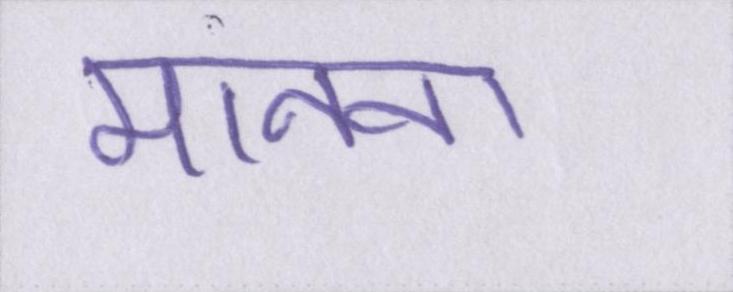
मानना